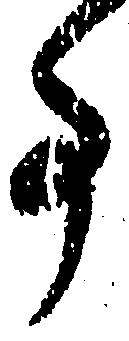
事